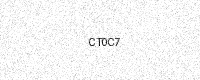
Text: CT0C7